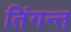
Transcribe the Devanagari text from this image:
तिंगन्त